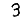
Digit: 3